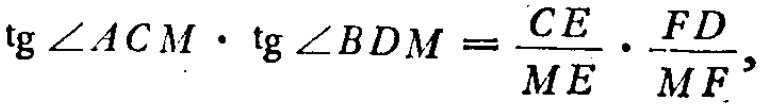
\(\operatorname{tg}\angle ACM\cdot \operatorname{tg}\angle BDM=\frac{CE}{ME}\cdot \frac{FD}{MF},\)